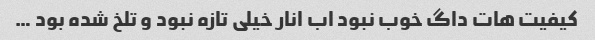
کیفیت هات داگ خوب نبود اب انار خیلی تازه نبود و تلخ شده بود …